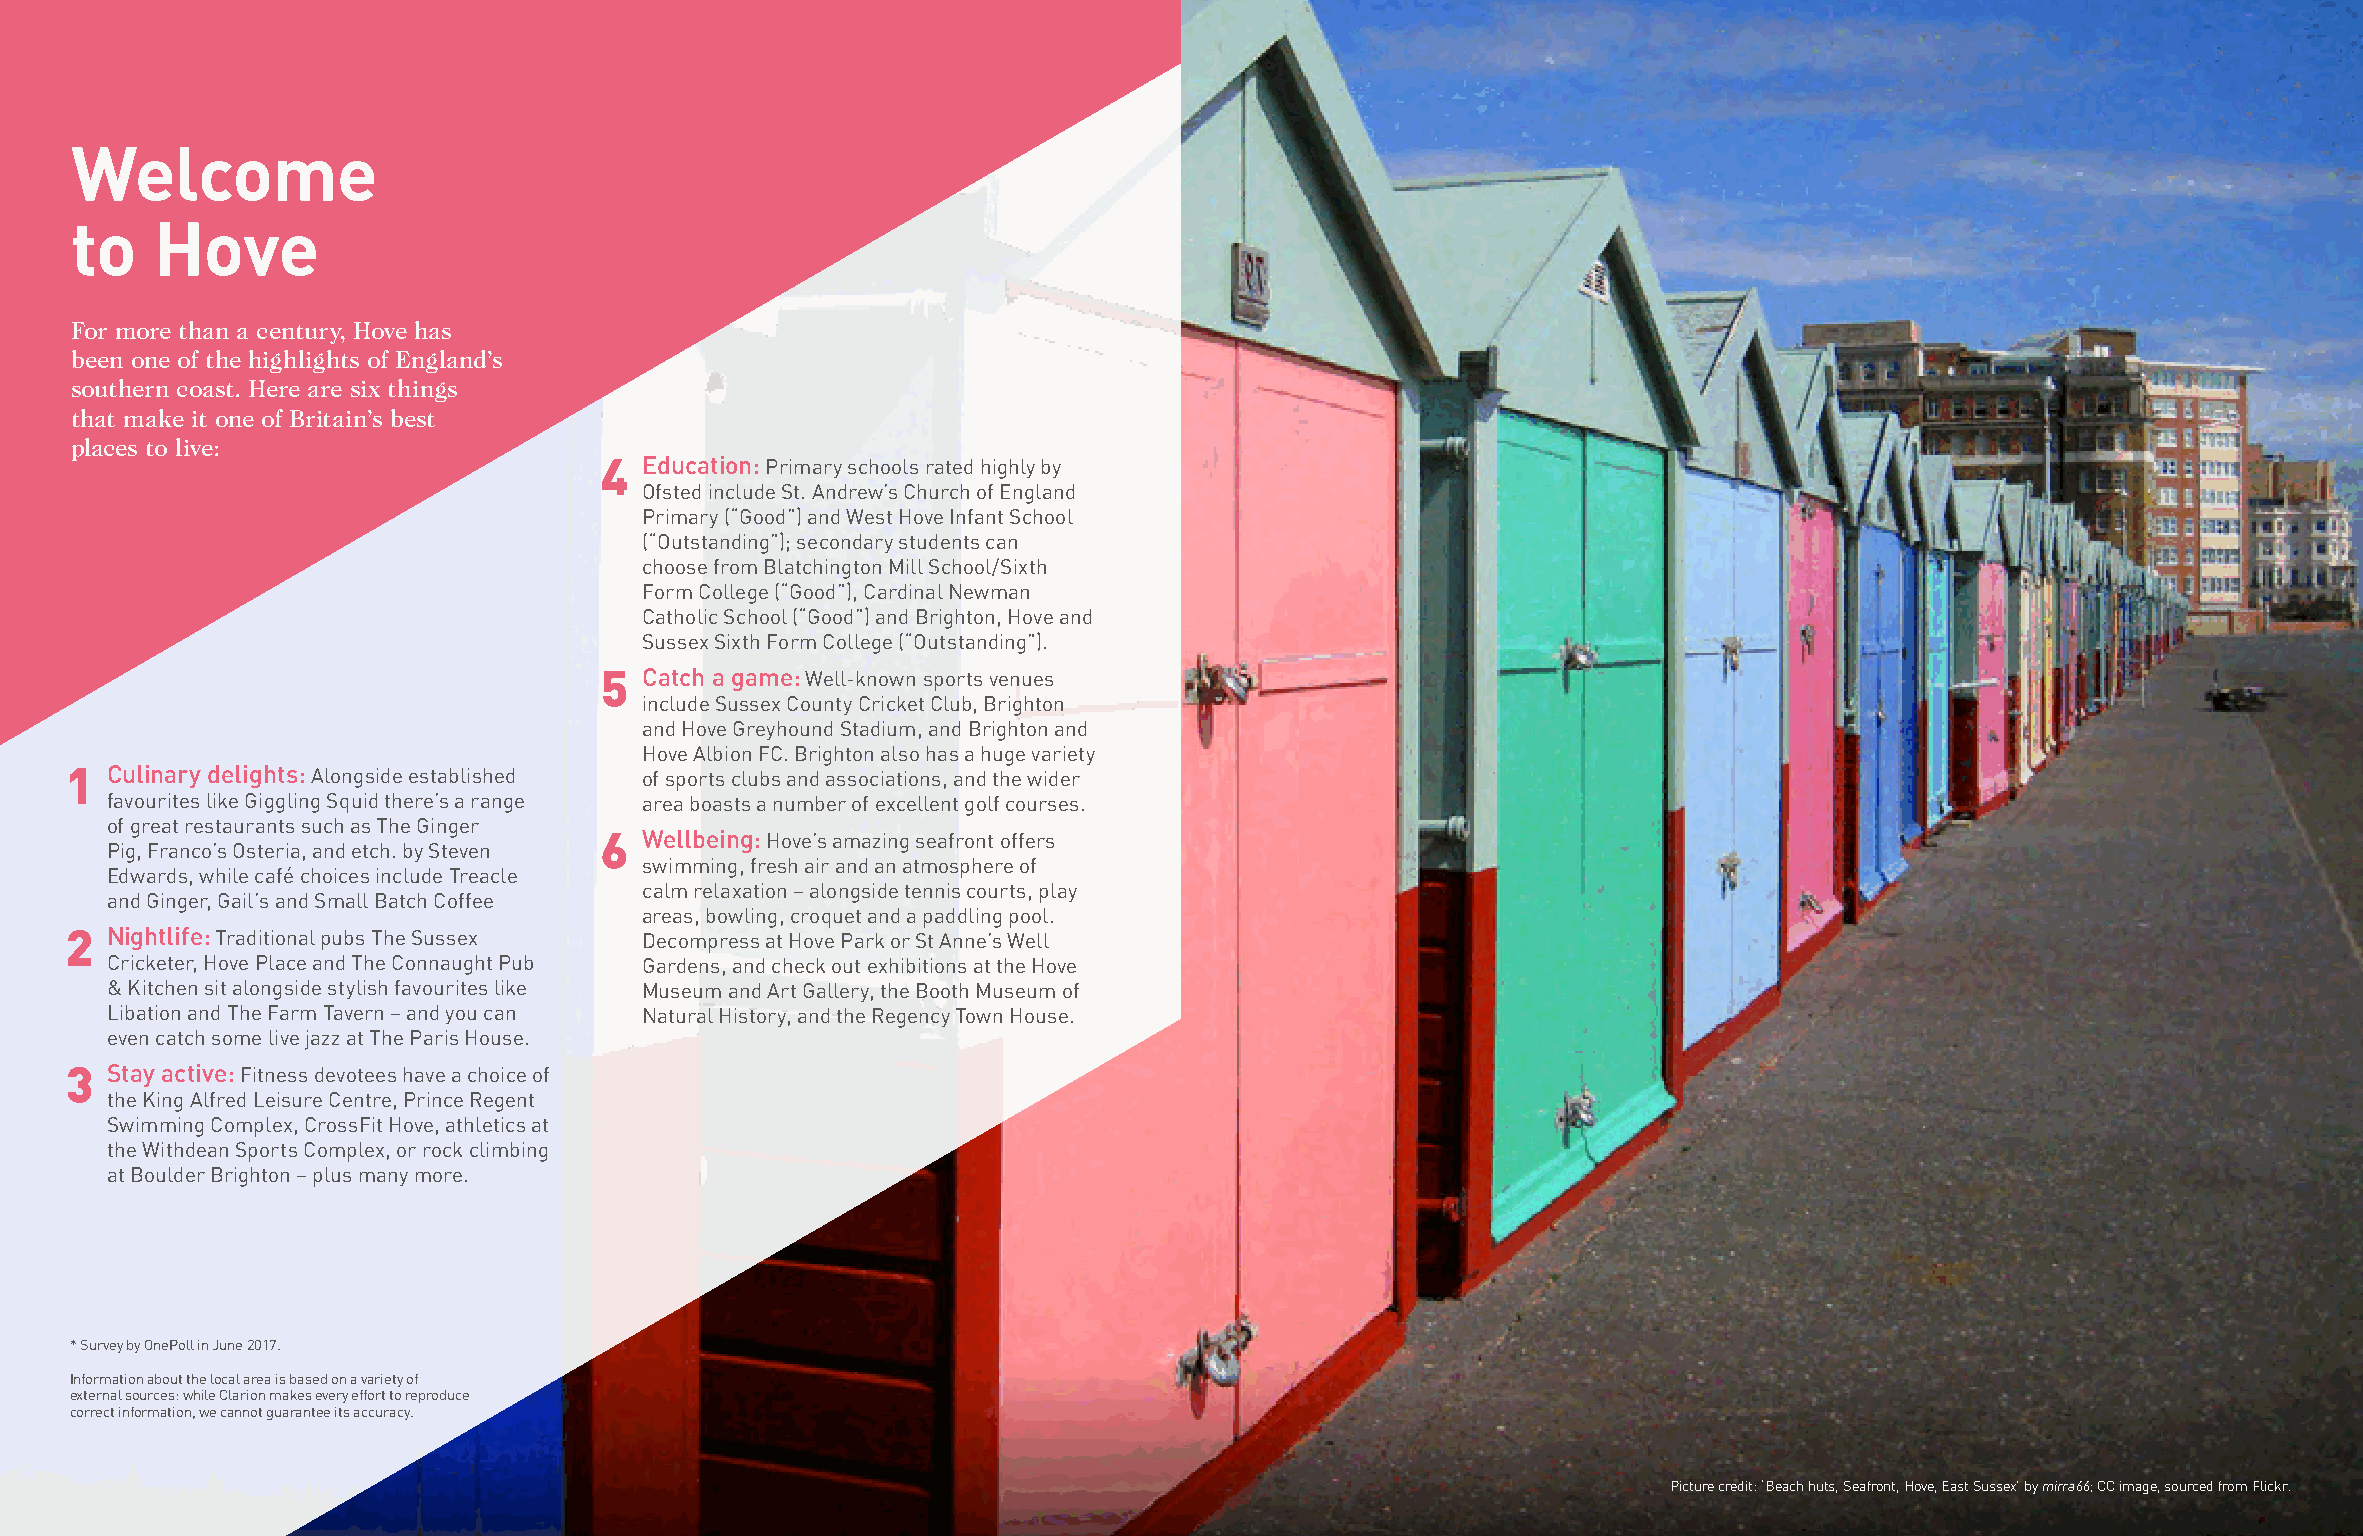
Welcome
 to   Hove
 For more than a century, Hove has
 been one of the highlights of England’s
 southern coast. Here are six things
 that make it one of Britain’s best
 places to live:
 4 Education: Primary schools rated highly by
 Ofsted include St. Andrew’s Church of England
 Primary (“Good”) and West Hove Infant School
 (“Outstanding”); secondary students can
 choose from Blatchington Mill School/Sixth
 Form College (“Good”), Cardinal Newman
 Catholic School (“Good”) and Brighton, Hove and
 Sussex Sixth Form College (“Outstanding”).
 5 Catch a game: Well-known sports venues
 include Sussex County Cricket Club, Brighton
 and Hove Greyhound Stadium, and Brighton and
 Hove Albion FC. Brighton also has a huge variety
 1  Culinary delights: Alongside established of sports clubs and associations, and the wider
 favourites like Giggling Squid there’s a range area boasts a number of excellent golf courses.
 of great restaurants such as The Ginger
 6 Wellbeing: Hove’s amazing seafront offers
 Pig, Franco’s Osteria, and etch. by Steven
 swimming, fresh air and an atmosphere of
 Edwards, while café choices include Treacle
 calm relaxation – alongside tennis courts, play
 and Ginger, Gail’s and Small Batch Coffee
 areas, bowling, croquet and a paddling pool.
 2  Nightlife: Traditional pubs The Sussex Decompress at Hove Park or St Anne’s Well
 Cricketer, Hove Place and The Connaught Pub Gardens, and check out exhibitions at the Hove
 & Kitchen sit alongside stylish favourites like Museum and Art Gallery, the Booth Museum of
 Libation and The Farm Tavern – and you can Natural History, and the Regency Town House.
 even catch some live jazz at The Paris House.
 3  Stay active: Fitness devotees have a choice of
 the King Alfred Leisure Centre, Prince Regent
 Swimming Complex, CrossFit Hove, athletics at
 the Withdean Sports Complex, or rock climbing
 at Boulder Brighton – plus many more.
 * Survey by OnePoll in June 2017.
 Information about the local area is based on a variety of
 external sources: while Clarion makes every effort to reproduce
 correct information, we cannot guarantee its accuracy.
 Picture credit: ‘Beach huts, Seafront, Hove, East Sussex’ by mirra66; CC image, sourced from Flickr.